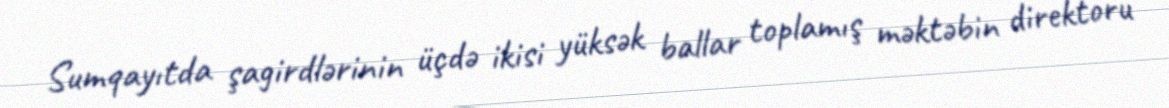
Sumqayıtda şagirdlərinin üçdə ikisi yüksək ballar toplamış məktəbin direktoru